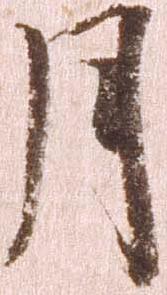
月